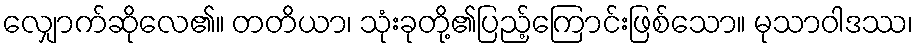
လျှောက်ဆိုလေ၏။ တတိယာ၊ သုံးခုတို့၏ပြည့်ကြောင်းဖြစ်သော။ မုသာဝါဒဿ၊